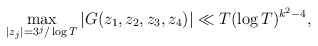
\begin{align*}\max_{|z_j| = 3^j/\log T} |G(z_1,z_2,z_3,z_4)| \ll T (\log T)^{k^2 - 4},\end{align*}